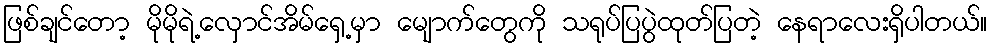
ဖြစ်ချင်တော့ မိုမိုရဲ့လှောင်အိမ်ရှေ့မှာ မျောက်တွေကို သရုပ်ပြပွဲထုတ်ပြတဲ့ နေရာလေးရှိပါတယ်။